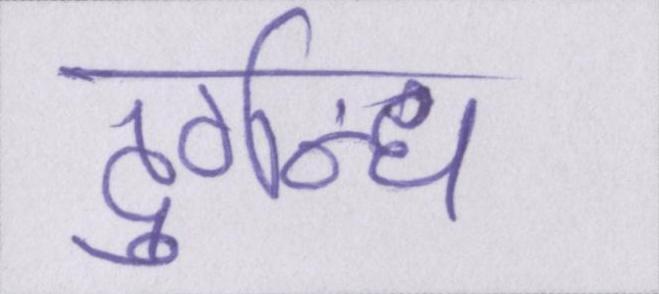
दुर्गन्ध